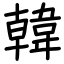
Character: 韓